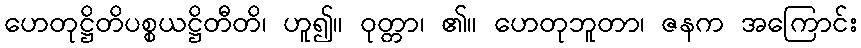
ဟေတုဋ္ဌိတိပစ္စယဋ္ဌိတီတိ၊ ဟူ၍။ ဝုတ္တာ၊ ၏။ ဟေတုဘူတာ၊ ဇနက အကြောင်း